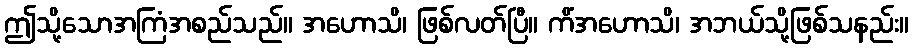
ဤသို့သောအကြံအစည်သည်။ အဟောသိ၊ ဖြစ်လတ်ပြီ။ ကိံအဟောသိ၊ အဘယ်သို့ဖြစ်သနည်း။